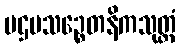
ပဌမသဉ္စေတနိကသုတ္တံ